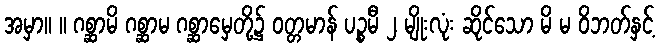
အမှာ။ ။ ဂစ္ဆာမိ ဂစ္ဆာမ ဂစ္ဆာမှေတို့၌ ဝတ္တမာန် ပဉ္စမီ ၂ မျိုးလုံး ဆိုင်သော မိ မ ဝိဘတ်နှင့်